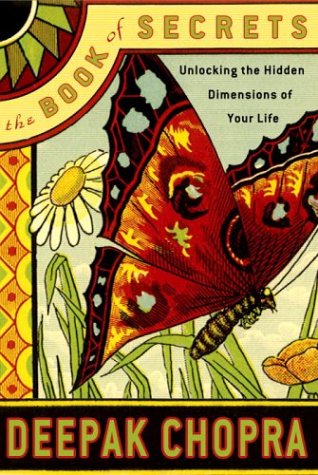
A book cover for The Book of Secrets: Unlocking the Hidden Dimensions of Your Life (Chopra, Deepak); Deepak Chopra M.D.; Self-Help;